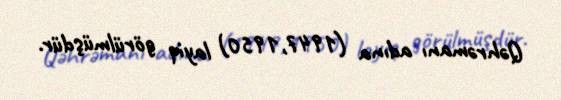
Qəhrəmanı adına (1947,1950) layiq görülmüşdür.